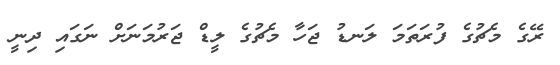
ރޭގެ މެޗުގެ ފުރަތަމަ ލަނޑު ޖަހާ މެޗުގެ ލީޑް ޖަރުމަނަށް ނަގައި ދިނީ